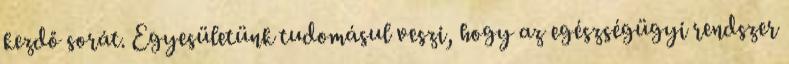
kezdő sorát. Egyesületünk tudomásul veszi, hogy az egészségügyi rendszer